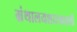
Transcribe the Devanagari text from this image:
ग्रंथालयशास्त्रातली